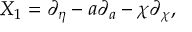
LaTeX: X _ { 1 } = \partial _ { \eta } - a \partial _ { a } - \chi \partial _ { \chi } ,